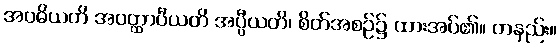
အဝဓိယတိ အဝတ္ထာပီယတိ အပ္ပီယတိ၊ စိတ်အစဉ်၌ ထားအပ်၏။ တနည်း။